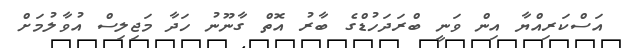
އަސްކަރިއްޔާ އިން ވަނީ ބްރަދަހުޑްގެ ބާރު އޮތް ގާނޫނު ހަދާ މަޖިލިސް އުވާލުމަށް